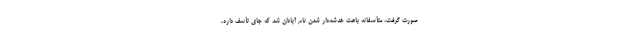
صورت گرفت، متأسفانه باعث خدشه‌دار شدن نام آبادان شد که جای تأسف دارد،